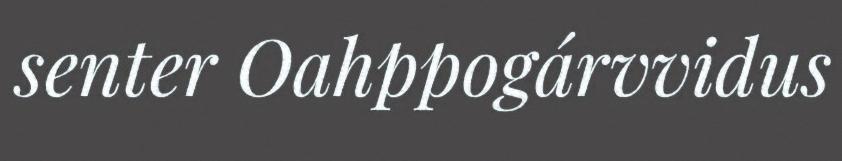
senter Oahppogárvvidus